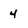
Character: 4